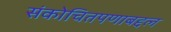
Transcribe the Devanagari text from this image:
संकोचितपणाबद्दल